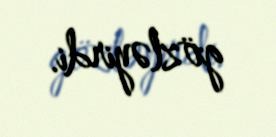
gözləyirdi.